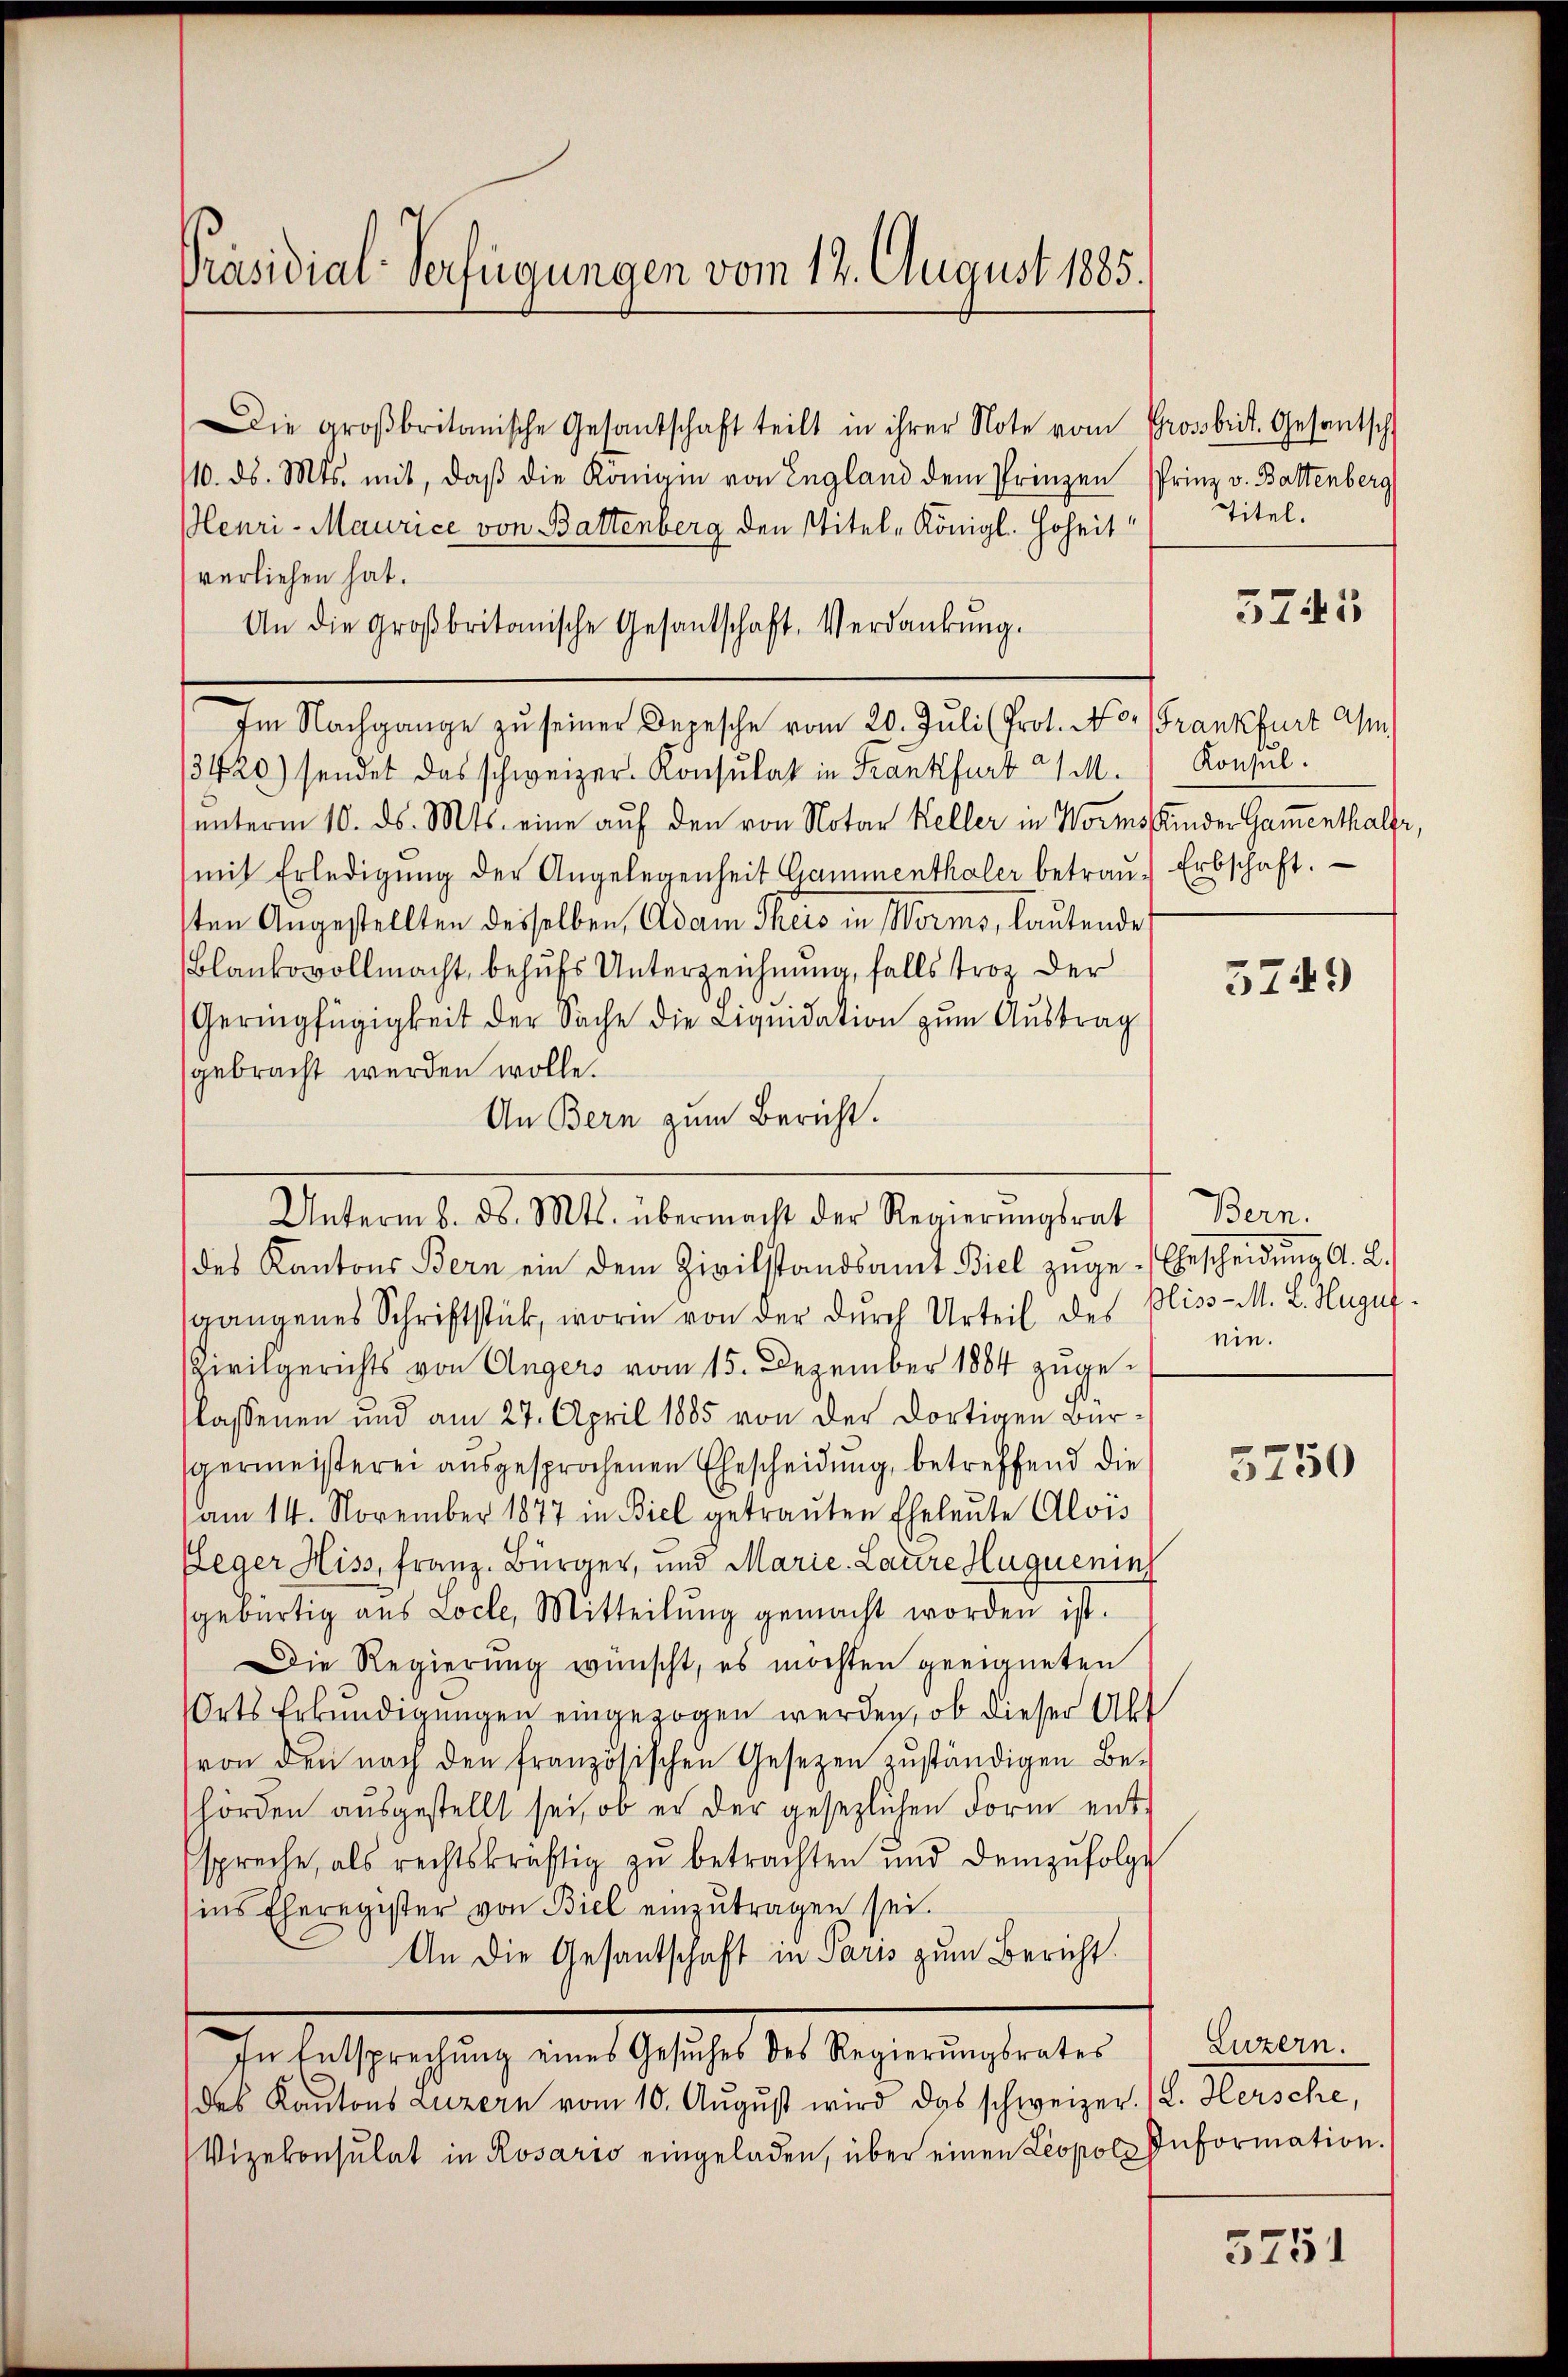
Präsidial-Verfügungen vom 12. August 1885.

Die großbritanische Gesantschaft teilt in ihrer Note vom Grossbrit. Gesantsch
110. ds. Mts. mit, daß die Königin von England dem Prinzen Prinz v. Battenberg
Meuri-Maurice von Battenberg den Titel, Königl. Hoheit
verliehen hat.
An die großbritanische Gesantschaft, Verdankŭng.
Im Nachgange zu seiner Depesche vom 20. Juli (Prot. No. (Frankfurt a
13420) sendet das schweizer- Konsulat in Frankfurt 21 M.
unterm 10. ds. Mts. eine auf den von Notar Keller in Worms Kinder Gamenthaler,
mit Erledigŭng der Angelegenheit Cammenthaler betraŭ.) Erbschaft.
sten Angestellten desselben, Adam Theis in Worms, lautende
Blankovollmacht, behufs Unterzeichnung, falls troz der
Geringfügigkeit der Sache die Liquidation zum Austrag
gebracht werden wolle.
An Bern zum Bericht.
Unterm 8. d. Mts. übermacht der Regierŭngsrat) Bern.
des Kantons Bern ein dem Zivilstandsamt Biel zŭge-Ehescheidŭng A. L.
sgangenes Schriftstück, worin von der durch Urteil des Plis-M. L. Huguf¬
Zivilgerichts von Ungers vom 15. Dezember 1884 zugelassenen und am 27. April 1885 von der dortigen Bürgermeisterei ausgesprochenen Ehescheidung, betreffend die
am 14. November 1877 in Biel getraŭten Eheleute Alois
(leger Hiss, Franz. Bürger, und Marie-Laure Huquenins
gebürtig aus Loche, Mitteilung gemacht worden ist.
Die Regierung wünscht, es möchten geeigneten
Orts Erkundigungen eingezogen werden, ob dieser Akt
von den nach den französischen Gesetzen zŭständigen Be-
hörden ausgestellt sei, ob er der gesezlichen Form entspreche, als rechtskräftig zŭ betrachten und demzufolge
ins Eheregister von Biel einzŭtragen sei.
An die Gesantschaft in Paris zum Bericht
In Entsprechung eines Gesuches des Regierungsrates
des Kantons Luzern vom 10. August wird das schweizer. (L. Hersche,
Vizekonsulat in Rosario eingeladen, über einen Leopol Information.

Titel.

5745

Konsul.

5749

ein.

5750

Luzern.

5751